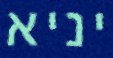
יניא